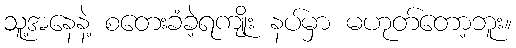
သူ့အနေနဲ့ စတေးခံခဲ့ရကျိုး နပ်မှာ မဟုတ်တော့ဘူး။